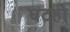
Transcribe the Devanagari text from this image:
घटही